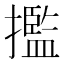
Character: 㩜